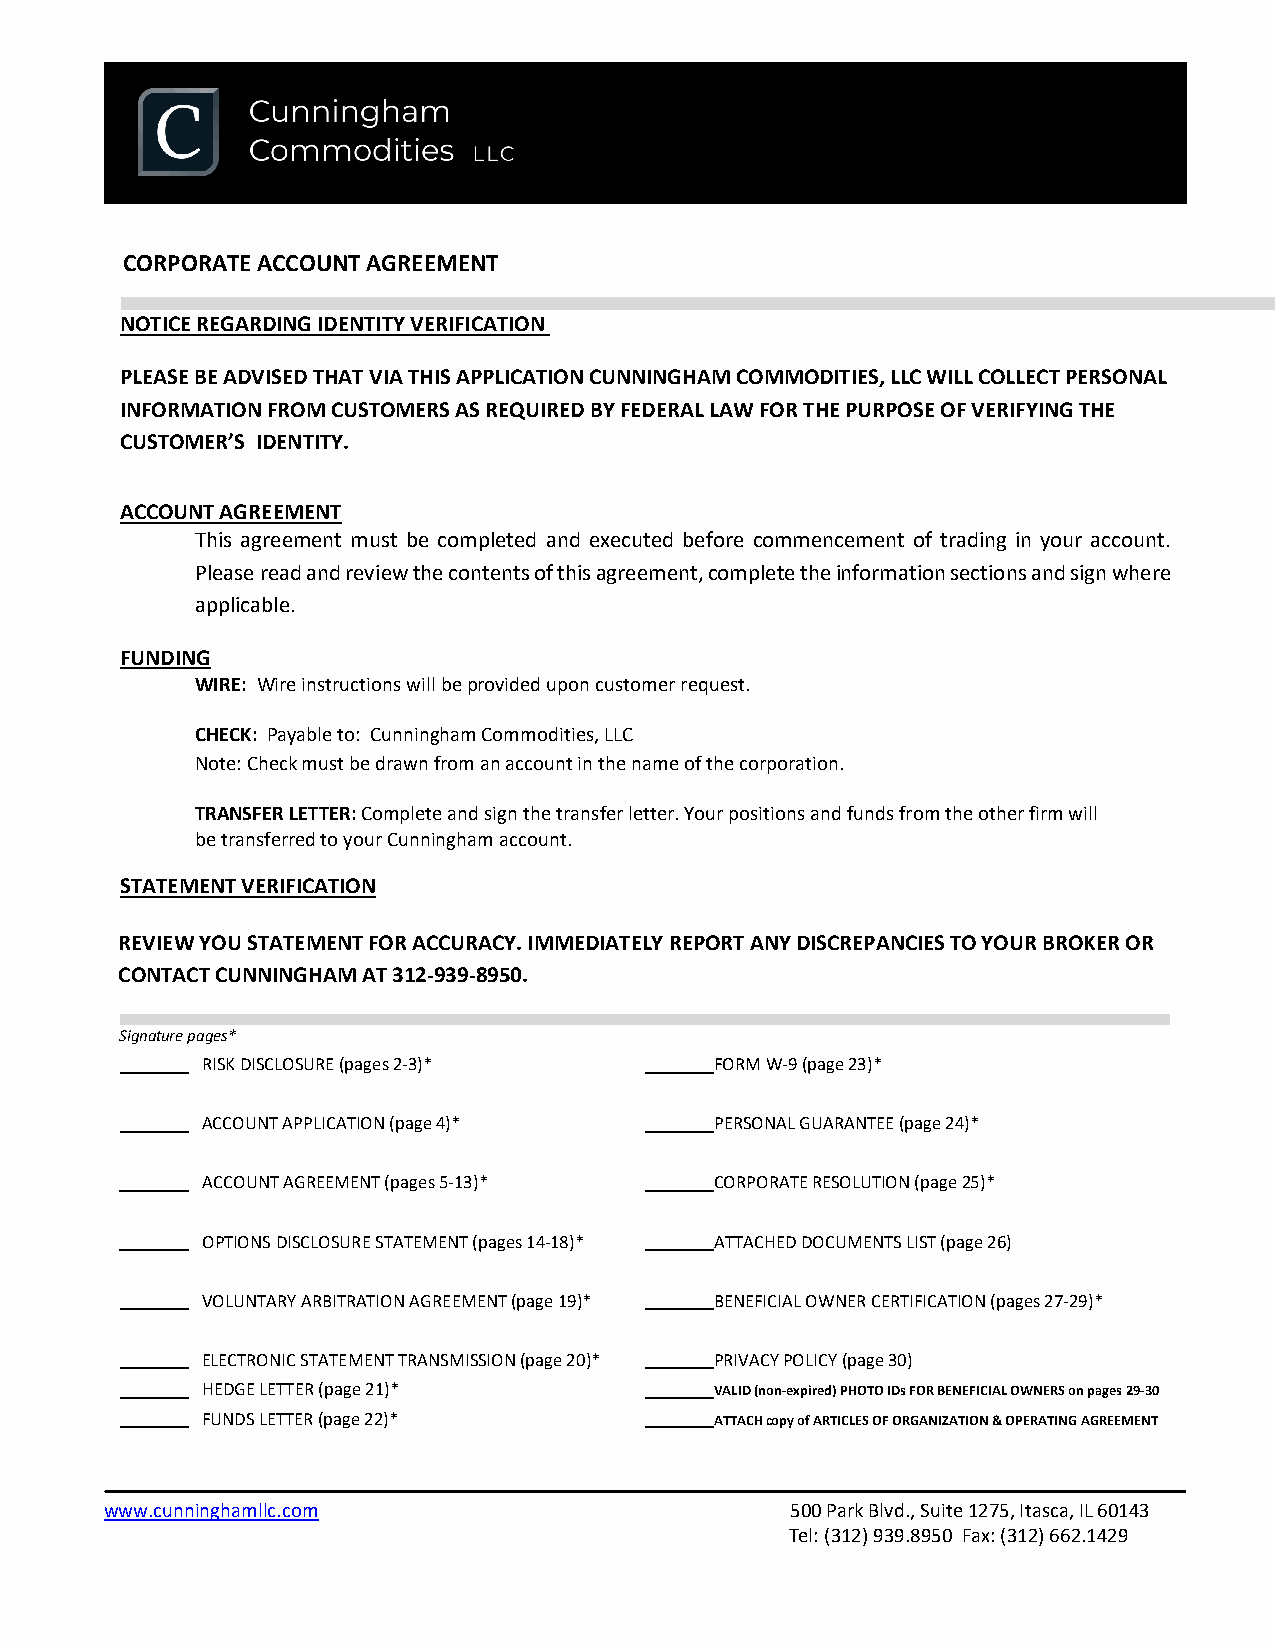
CORPORATE ACCOUNT AGREEMENT
 NOTICE REGARDING IDENTITY VERIFICATION
 PLEASE BE ADVISED THAT VIA THIS APPLICATION CUNNINGHAM COMMODITIES, LLC WILL COLLECT PERSONAL
 INFORMATION FROM CUSTOMERS AS REQUIRED BY FEDERAL LAW FOR THE PURPOSE OF VERIFYING THE
 CUSTOMER’S IDENTITY.
 ACCOUNT AGREEMENT
 This agreement must be completed and executed before commencement of trading in your account.
 Please read and review the contents of this agreement, complete the information sections and sign where
 applicable.
 FUNDING
 WIRE: Wire instructions will be provided upon customer request.
 CHECK: Payable to: Cunningham Commodities, LLC
 Note: Check must be drawn from an account in the name of the corporation.
 TRANSFER LETTER: Complete and sign the transfer letter. Your positions and funds from the other firm will
 be transferred to your Cunningham account.
 STATEMENT VERIFICATION
 REVIEW YOU STATEMENT FOR ACCURACY. IMMEDIATELY REPORT ANY DISCREPANCIES TO YOUR BROKER OR
 CONTACT CUNNINGHAM AT 312-939-8950.
 Signature pages*
 RISK DISCLOSURE (pages 2-3)*      FORM W-9 (page 23)*
 ACCOUNT APPLICATION (page 4)*     PERSONAL GUARANTEE (page 24)*
 ACCOUNT AGREEMENT (pages 5-13)*   CORPORATE RESOLUTION (page 25)*
 OPTIONS DISCLOSURE STATEMENT (pages 14-18)* ATTACHED DOCUMENTS LIST (page 26)
 VOLUNTARY ARBITRATION AGREEMENT (page 19)* BENEFICIAL OWNER CERTIFICATION (pages 27-29)*
 ELECTRONIC STATEMENT TRANSMISSION (page 20)* PRIVACY POLICY (page 30)
 HEDGE LETTER (page 21)*           VALID (non-expired) PHOTO IDs FOR BENEFICIAL OWNERS on pages 29-30
 FUNDS LETTER (page 22)*           ATTACH copy of ARTICLES OF ORGANIZATION & OPERATING AGREEMENT
 www.cunninghamllc.com                        500 Park Blvd., Suite 1275, Itasca, IL 60143
 Tel: (312) 939.8950 Fax: (312) 662.1429